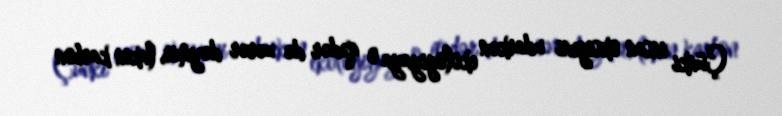
Çünki insan oksigeni udarkən ekologiyaya o qədər də zərər dəymir, lakin karbon